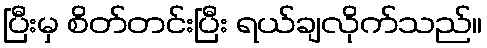
ပြီးမှ စိတ်တင်းပြီး ရယ်ချလိုက်သည်။